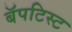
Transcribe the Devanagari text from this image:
बॅपटिस्ट